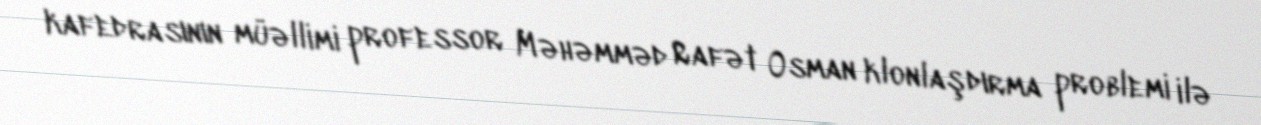
kafedrasının müəllimi professor Məhəmməd Rafət Osman klonlaşdırma problemi ilə